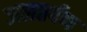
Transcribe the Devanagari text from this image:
जलतर्पण